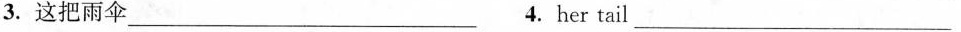
3. 这把雨伞 ___ 4. her tail ___